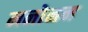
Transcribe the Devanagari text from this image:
मनोनन